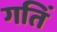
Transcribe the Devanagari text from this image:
गतिं